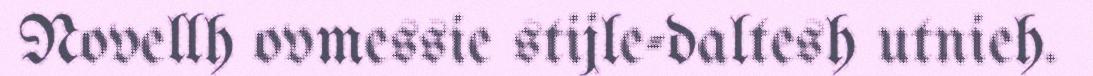
Novellh ovmessie stijle-daltesh utnieh.